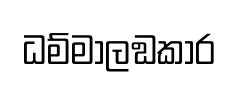
ධම්මාලඞකාර